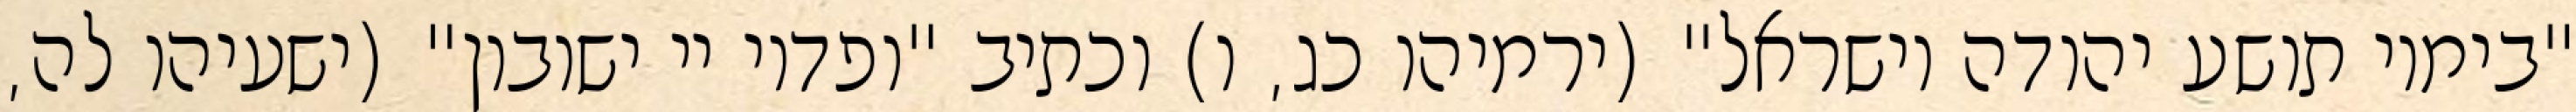
"בימיו תושע יהודה וישראל" (ירמיהו כג, ו) וכתיב "ופדוי יי ישובון" (ישעיהו לה,